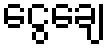
ငွေချေ